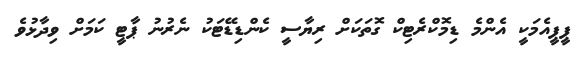
ޕީޕީއެމަކީ އެންމެ ޑިމޮކްރެޓިކް ގޮތަކަށް ރިޔާސީ ކެންޑިޑޭޓަކު ނެރުނު ޕާޓީ ކަމަށް ވިދާޅުވެ